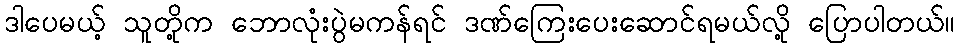
ဒါပေမယ့် သူတို့က ဘောလုံးပွဲမကန်ရင် ဒဏ်ကြေးပေးဆောင်ရမယ်လို့ ပြောပါတယ်။